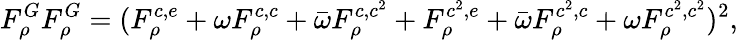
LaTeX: F_{\rho}^{G}F_{\rho}^{G}=(F_{\rho}^{c,e}+\omega F_{\rho}^{c,c}+\bar{\omega}F_{\rho}^{c,c^{2}}+F_{\rho}^{c^{2},e}+\bar{\omega}F_{\rho}^{c^{2},c}+\omega F_{\rho}^{c^{2},c^{2}})^{2},